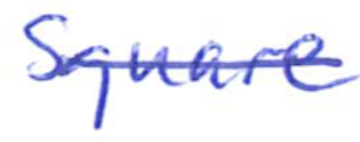
Text: Square
Cross-out: single-line
Writing tool: ballpoint